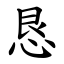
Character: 恳